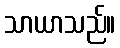
သာယာသည်။